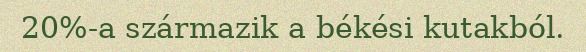
20%-a származik a békési kutakból.